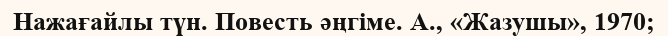
Нажағайлы түн. Повесть әңгіме. А., «Жазушы», 1970;